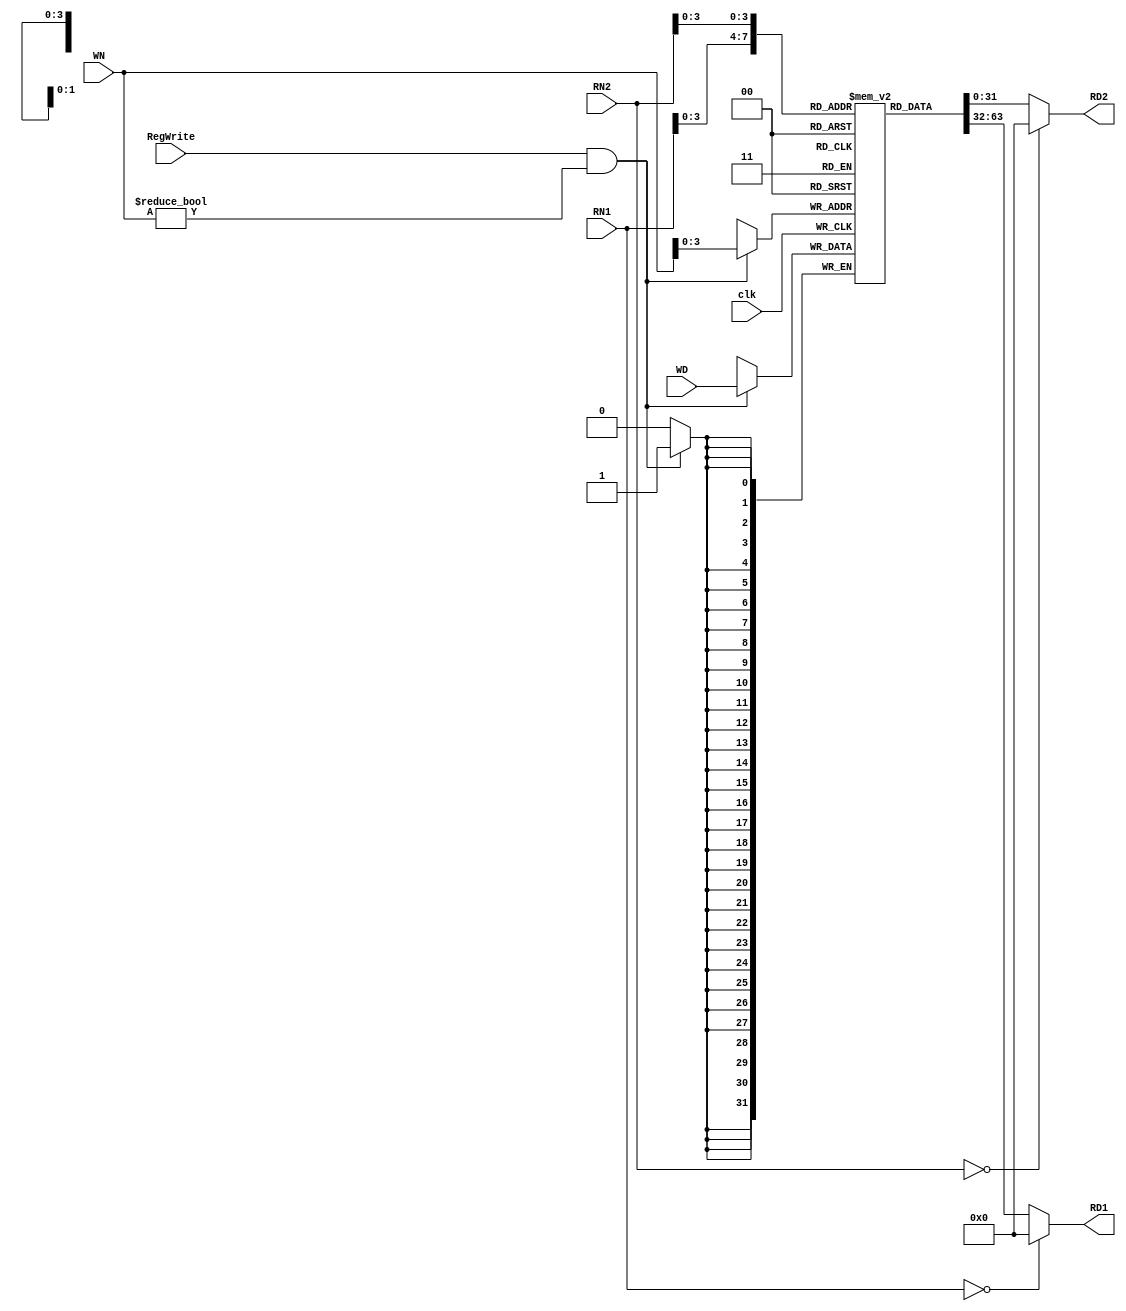


module reg_file(clk, RegWrite, RN1, RN2, WN, RD1, RD2, WD);
  input clk;
  input RegWrite;
  input [4:0] RN1, RN2, WN;
  input [31:0] WD;
  output [31:0] RD1, RD2;

  reg [31:0] RD1, RD2;
  reg [31:0] file_array [15:0];

  always @(RN1 or file_array[RN1])
  begin   
    if (RN1 == 0) RD1 = 32'd0;
    else RD1 = file_array[RN1];
    $display($time, " reg_file[%d] => %d (Port 1)", RN1, RD1);
  end

  always @(RN2 or file_array[RN2])
  begin
    if (RN2 == 0) RD2 = 32'd0;
    else RD2 = file_array[RN2];
    $display($time, " reg_file[%d] => %d (Port 2)", RN2, RD2);
  end

  always @(negedge clk)
    if (RegWrite && (WN != 0))
    begin
      file_array[WN] <= WD;
      $display($time, " reg_file[%d] <= %d (Write)", WN, WD);
    end
	
integer i;
  initial begin
    for (i=0; i<16; i=i+1) file_array[i] = 0;
  end
endmodule